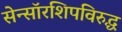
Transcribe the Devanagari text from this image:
सेन्सॉरशिपविरुद्ध